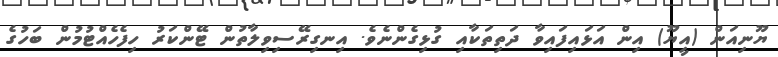
ޔޫނިއަން (އީޔޫ) އިން އަޅައިފައިވާ ދަތިތަކާއި ގުޅިގެންނެވެ. އިނގިރޭސިވިލާތުން ޓޭންކަރު ހިފެހެއްޓުމުން ބަހުގެ